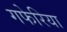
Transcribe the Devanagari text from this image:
गफेरिया